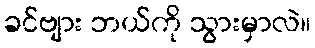
ခင်ဗျား ဘယ်ကို သွားမှာလဲ။